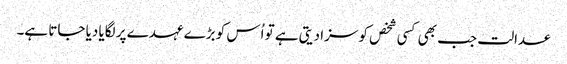
عدالت جب بھی کسی شخص کو سزا دیتی ہے تو اُس کو بڑے عہدے پر لگایا دیا جاتا ہے۔